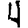
Digit: 4